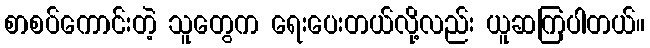
စာစပ်ကောင်းတဲ့ သူတွေက ရေးပေးတယ်လို့လည်း ယူဆကြပါတယ်။